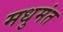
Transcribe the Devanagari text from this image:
मधुमंत